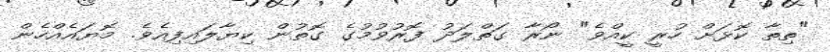
"ތިތާ ކޮޅަށް ހުރީ ކީއްވެ" ނޯރާ ގަތްލަދު ފޮރުވުމުގެ ގޮތުން ކިޔާލައިފިއެވެ. މޮޔައެއްހެން